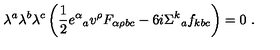
\lambda ^ { a } \lambda ^ { b } \lambda ^ { c } \left( \frac { 1 } { 2 } e ^ { \alpha } { } _ { a } v ^ { \rho } F _ { \alpha \rho b c } - 6 i \Sigma ^ { k } { } _ { a } f _ { k b c } \right) = 0 \ .